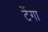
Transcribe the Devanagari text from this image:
टेंगा